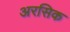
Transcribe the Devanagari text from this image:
अरसिक